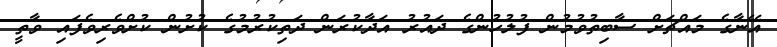
އޭނާގެ މައްޗަށް ސާބިތުވުމުން ފުލުހުންގެ ދައުރު އަދާކުރަން ދަތިކުރުމުގެ ކުށުން ކުށްވެރިވެފައި ވާތީ